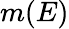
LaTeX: m(E)